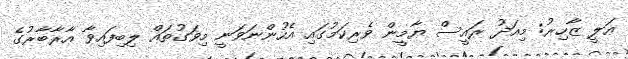
ޢަލީ ޒާހިރު: މިއަދު ރައީސް ޔާމީން ވެރިކަމުގައި އެހުންނަވަނީ މިވަގުތައް ލިބިފައިވާ އާރާބާރުގެ